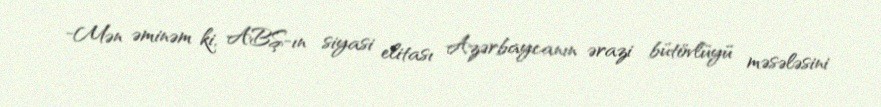
-Mən əminəm ki, ABŞ-ın siyasi elitası Azərbaycanın ərazi bütövlüyü məsələsini